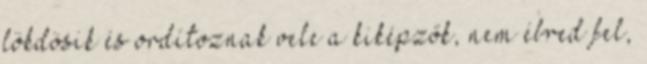
lökdösik és ordítoznak vele a kiképzők, nem ébred fel,